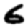
Digit: 6